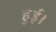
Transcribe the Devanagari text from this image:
हुुुुई।